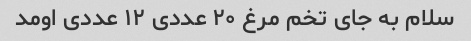
سلام به جای تخم مرغ ۲۰ عددی ۱۲ عددی اومد